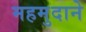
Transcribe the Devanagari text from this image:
महमुदाने